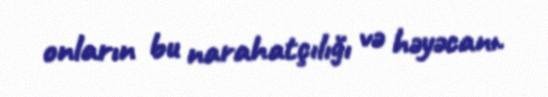
onların bu narahatçılığı və həyəcanı.